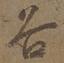
谷